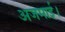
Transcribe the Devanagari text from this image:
अजमाई।